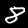
Label: 8